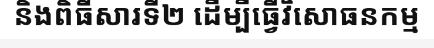
និងពិធីសារទី២ ដើម្បីធ្វើវិសោធនកម្ម